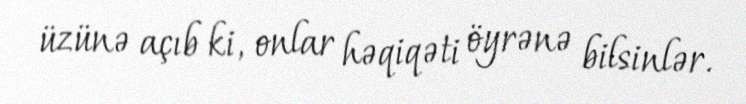
üzünə açıb ki, onlar həqiqəti öyrənə bilsinlər.